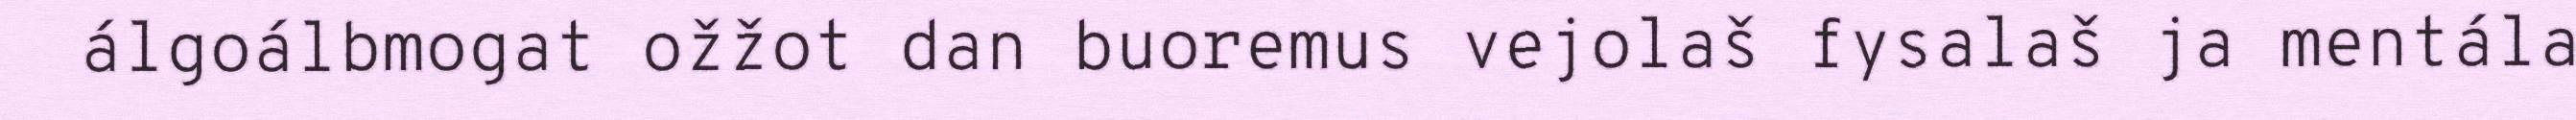
álgoálbmogat ožžot dan buoremus vejolaš fysalaš ja mentála